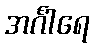
အင်္ဂါရေ